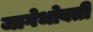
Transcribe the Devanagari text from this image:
जागेभोवती